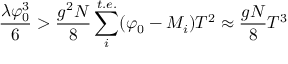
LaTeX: \frac { \lambda \varphi _ { 0 } ^ { 3 } } { 6 } > \frac { g ^ { 2 } N } { 8 } \sum _ { i } ^ { t . e . } ( \varphi _ { 0 } - M _ { i } ) T ^ { 2 } \approx \frac { g N } { 8 } T ^ { 3 }